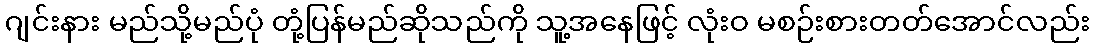
ဂျင်းနား မည်သို့မည်ပုံ တုံ့ပြန်မည်ဆိုသည်ကို သူ့အနေဖြင့် လုံးဝ မစဉ်းစားတတ်အောင်လည်း